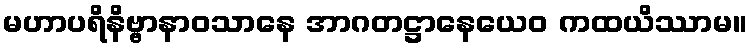
မဟာပရိနိဗ္ဗာနာဝသာနေ အာဂတဋ္ဌာနေယေဝ ကထယိဿာမ။